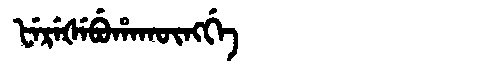
Manchu: ᡶᡝᡵᡝᡧᡝᠪᡠᡥᠠᡴᡡᠩᡤᡝ
Romanization: FEREŠEBUHAKŪNGGE